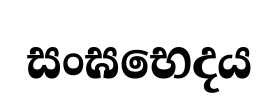
සංඝභෙදය